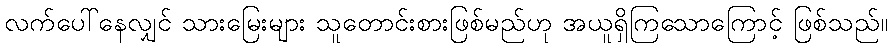
လက်ပေါ်နေလျှင် သားမြေးများ သူတောင်းစားဖြစ်မည်ဟု အယူရှိကြသောကြောင့် ဖြစ်သည်။